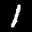
Label: 1